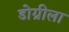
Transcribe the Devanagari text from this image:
डोग्रीला